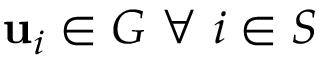
\mathbf { u } _ { i } \in G \ \forall \ i \in S